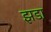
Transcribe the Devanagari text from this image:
झडा